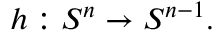
h : S ^ { n } \to S ^ { n - 1 } .